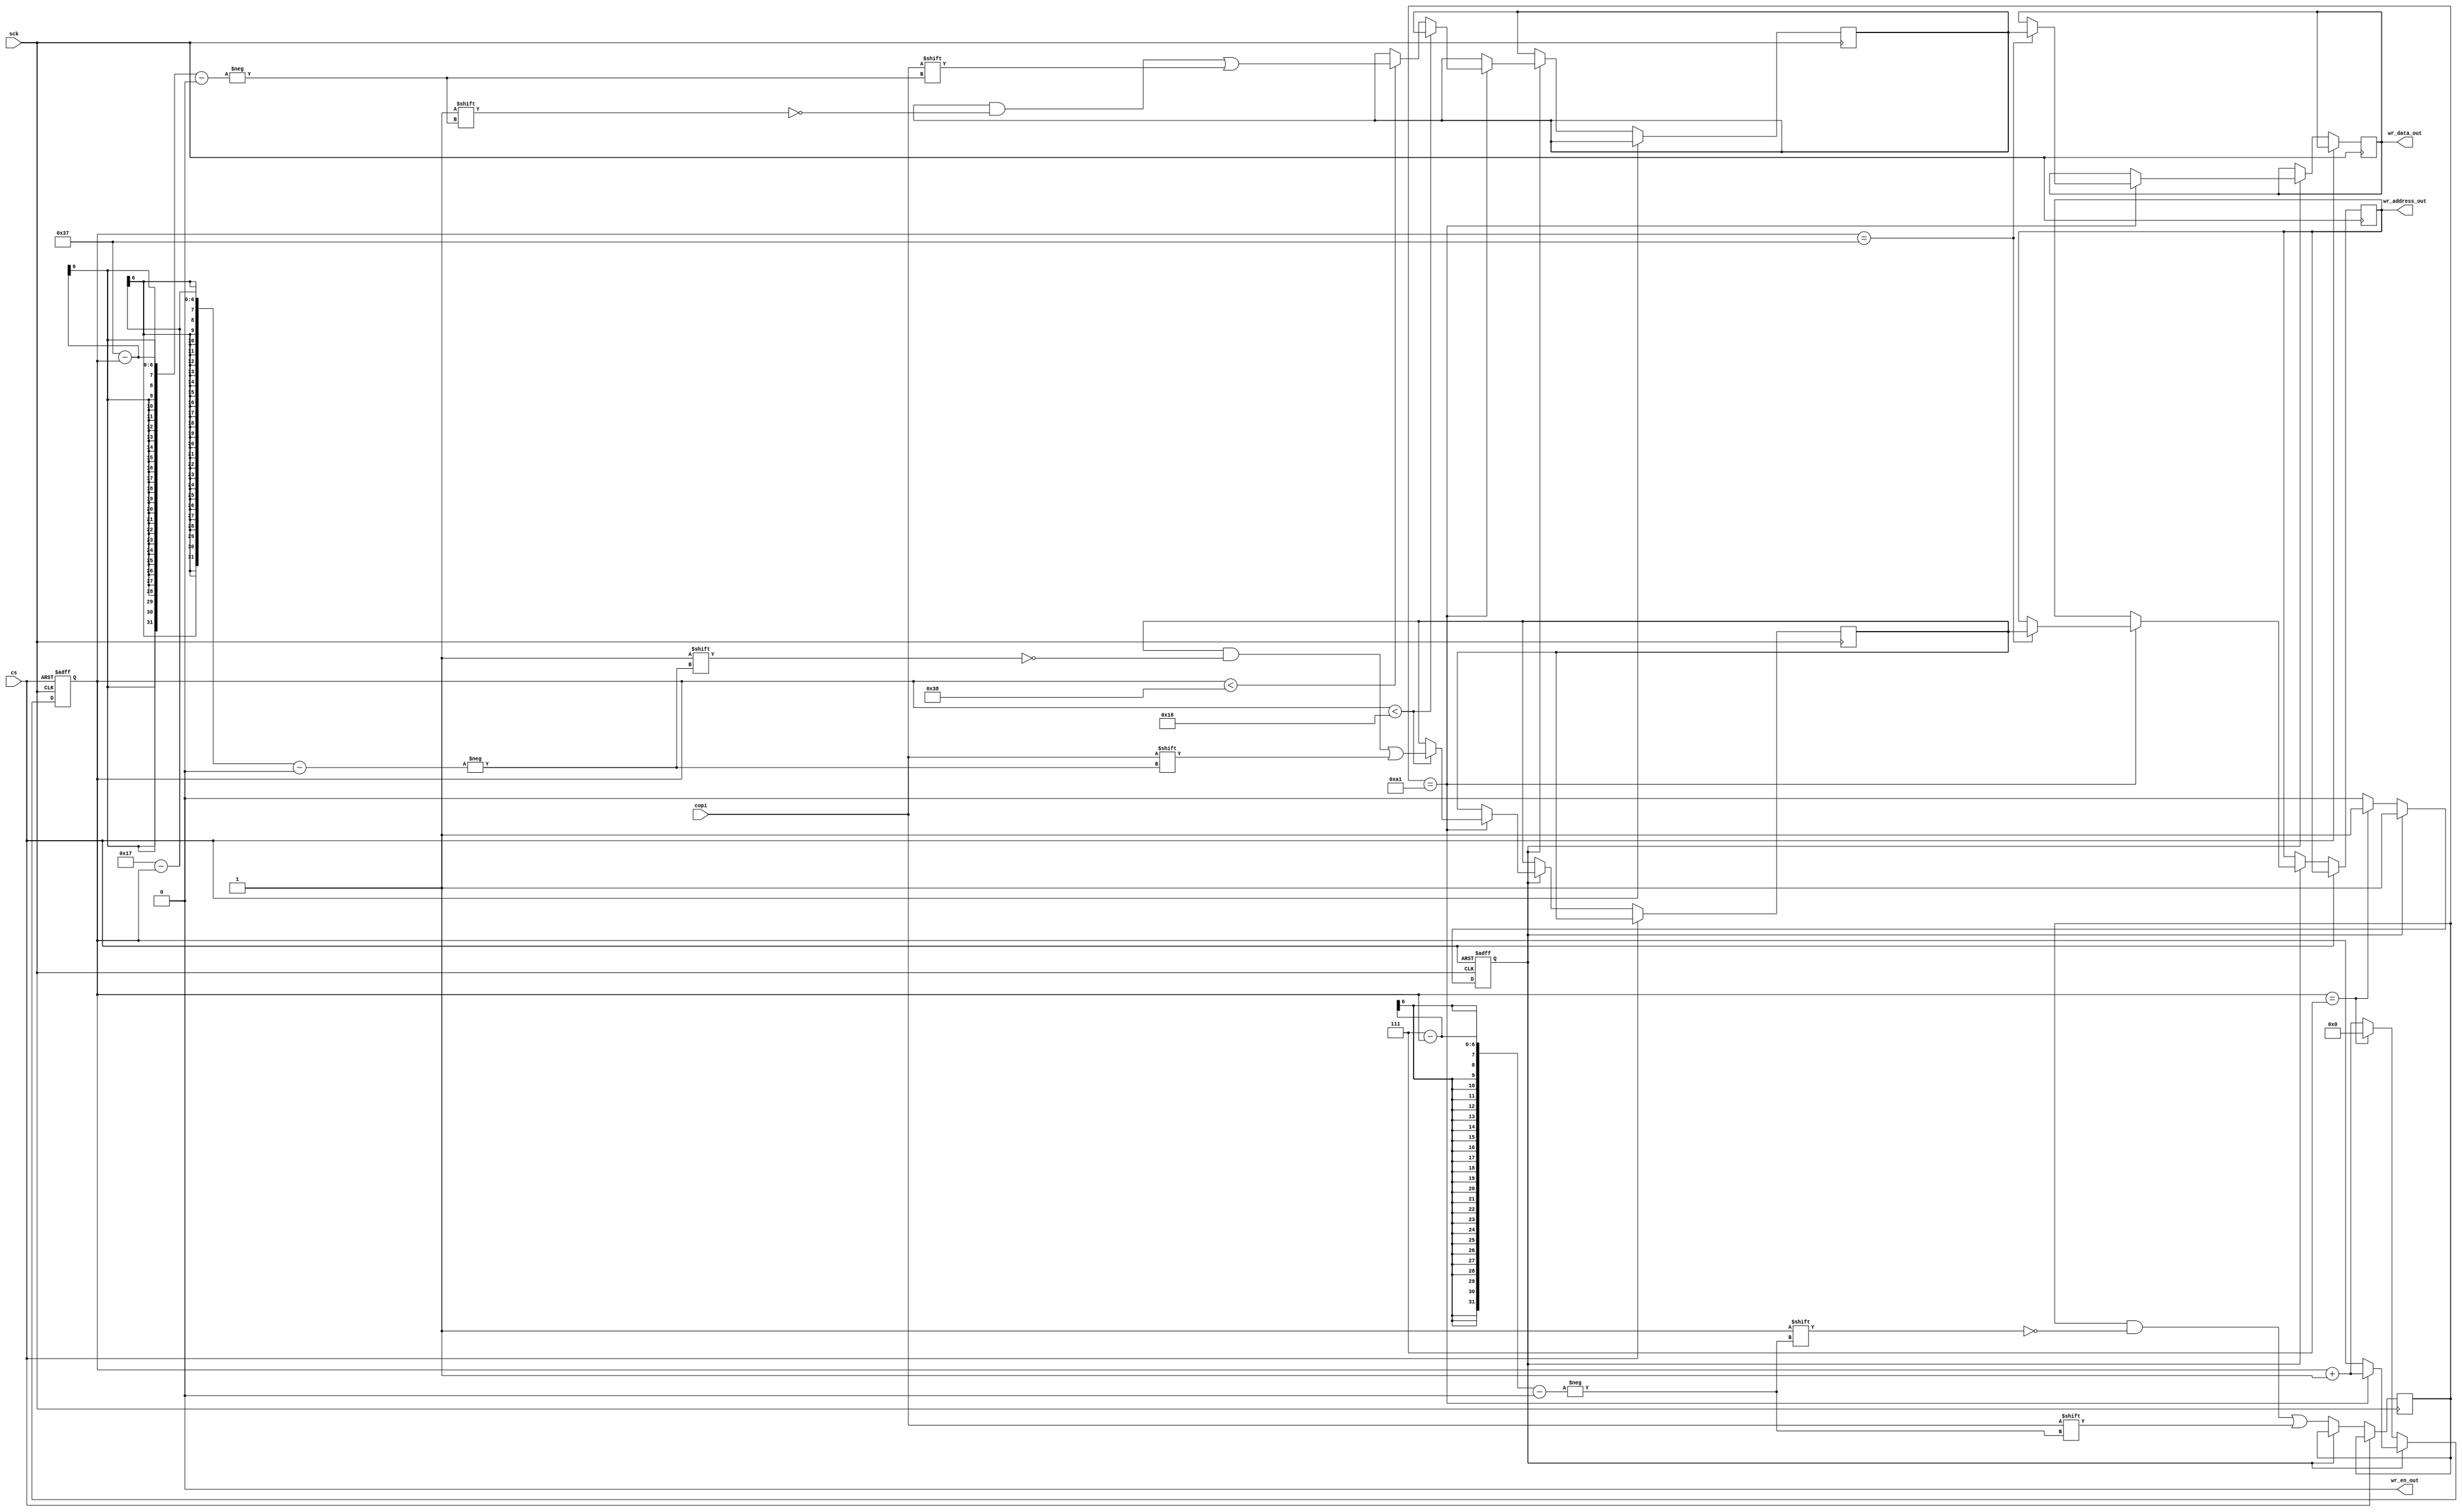
//     SPI Peripheral    .
// SPI   4   SCK, CS, COPI, CIPO.

//              
// 7... 0      23...0       31...0

//      . 
//       .

module spi (
    input wire sck,
    input wire cs,
    input wire copi,
    output wire wr_en_out,
    output wire [31:0] wr_data_out,
    output wire [23:0] wr_address_out
);

    parameter WRITE_COMMAND = 8'hA1;  //  

    reg [7:0] command;
    reg [23:0] address;
    reg [31:0] data;
    reg [5:0] bit_count;
    reg [31:0] reg_wr_data_out;
    reg [23:0] reg_wr_address_out;
    reg reg_wr_en_out;
    reg state;

    initial begin
        data = 0;
        command = 0;
        address = 0;
        bit_count = 0;
        reg_wr_data_out = 0;
        reg_wr_address_out = 0;
        reg_wr_en_out = 0;
        state = 0;
    end

    always @(posedge sck or posedge cs) begin
        if (cs) begin // CS
            state <= 0;
            bit_count <= 0;
            reg_wr_en_out <= 0;
        end else begin

            //    SPI
            if (state == 0) begin
                // 
                command[7 - bit_count] <= copi;
                bit_count <= bit_count + 1;
                
                if (bit_count == 7) begin
                    state <= 1;
                    bit_count <= 0;
                end
            
            end else if (state == 1) begin
                
                if (command == WRITE_COMMAND) begin
                    
                    if (bit_count < 24) begin
                        // 
                        address[23 - bit_count] <= copi;
                    end else if (bit_count < 56) begin
                        // 
                        data[55 - bit_count] <= copi;
                    end
                    
                    bit_count <= bit_count + 1;

                    if (bit_count == 55) begin
                        reg_wr_en_out <= 1;
                        reg_wr_address_out <= address;
                        reg_wr_data_out <= data;
                    end
                end
            end
        end
    end

    //     cs
    always @(negedge cs) begin
        reg_wr_en_out <= 0;
    end

    assign wr_en_out = reg_wr_en_out;
    assign wr_address_out = reg_wr_address_out;
    assign wr_data_out = reg_wr_data_out;

endmodule